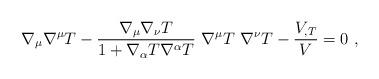
LaTeX: \begin{align*} \nabla_\mu\nabla^\mu T - \frac{\nabla_\mu \nabla_\nu T} {1 + \nabla_\alpha T \nabla^\alpha T} \,\, \nabla^\mu T \,\, \nabla^\nu T - \frac{V_{,T}}{V}=0 \ ,\end{align*}